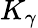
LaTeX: K_{\gamma}